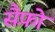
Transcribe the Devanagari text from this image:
सैफ़ो